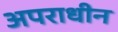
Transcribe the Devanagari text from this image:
अपराधीन